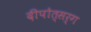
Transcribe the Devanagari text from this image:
दीपोत्सर्ग